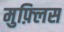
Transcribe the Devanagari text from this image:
मुफ़्लिस